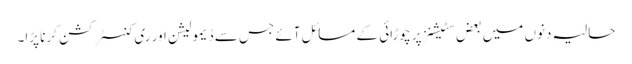
حالیہ دنوں میں بعض سٹیشنز پر چوڑائی کے مسائل آئے جس سے ڈیمولیشن اور ری کنسٹرکشن کرنا پڑا۔